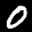
Label: 0